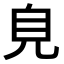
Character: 𧠆